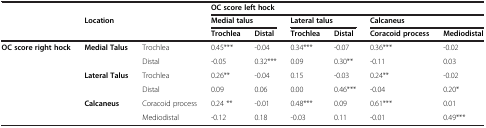
|  |  |  | <COLSPAN=6> OC score left hock |
 |  | <ROWSPAN=2-COLSPAN=2> Location | <COLSPAN=2> Medial talus | <COLSPAN=2> Lateral talus | <COLSPAN=2> Calcaneus |
 |  | Trochlea | Distal | Trochlea | Distal | Coracoid process | Mediodistal |
 | --- | --- | --- | --- | --- | --- | --- | --- | --- |
 | <ROWSPAN=6> OC score right hock | <ROWSPAN=2> Medial Talus | Trochlea | 0.45*** | -0.04 | 0.34*** | -0.07 | 0.36*** | -0.02 |
 | Distal | -0.05 | 0.32*** | 0.09 | 0.30** | -0.11 | 0.03 |
 | <ROWSPAN=2> Lateral Talus | Trochlea | 0.26** | -0.04 | 0.15 | -0.03 | 0.24** | -0.02 |
 | Distal | 0.09 | 0.06 | 0.00 | 0.46*** | -0.04 | 0.20* |
 | <ROWSPAN=2> Calcaneus | Coracoid process | 0.24 ** | -0.01 | 0.48*** | 0.09 | 0.61*** | 0.01 |
 | Mediodistal | -0.12 | 0.18 | -0.03 | 0.11 | -0.01 | 0.49*** |